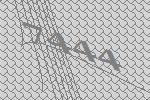
7444